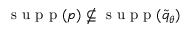
\textrm { s u p p } ( p ) \nsubseteq { \textrm { s u p p } } ( \widetilde { q } _ { \theta } )